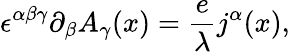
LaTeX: \epsilon^{\alpha\beta\gamma}\partial_{\beta}A_{\gamma}(x)=\frac{e}{\lambda}j^{\alpha}(x),